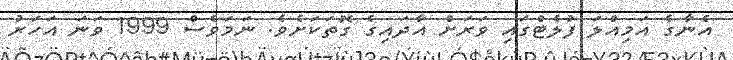
އެނާގެ އަމިއްލަ ފުލެޓްގައި ވަރަށް އާދައިގެ ގޮތަކަށެވެ. ނަމަވެސް 1999 ވަނަ އަހަރު